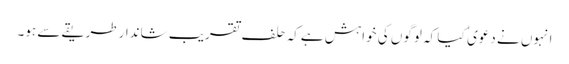
انہوں نے دعوی ٰ کیا کہ لوگوں کی خواہش ہےکہ حلف تقریب شاندارطریقے سے ہو۔